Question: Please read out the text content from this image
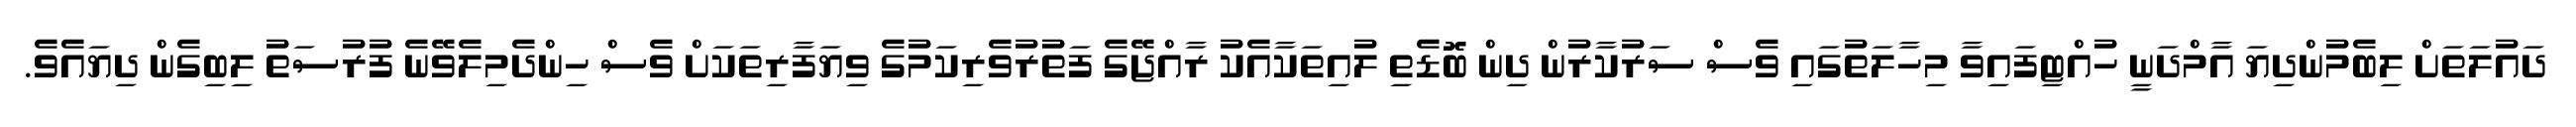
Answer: ދައުލަތަށް ލިބެމުންދިޔަ އާމްދަނީ ހުއްޓިފައިވާ މިހާލަތުގައި ވެސް ސަރުކާރުން ދިން ބޮޑެތި ލުއިތަކާއެކު ރާއްޖޭގެ ފަތުރުވެރިކަމުގެ ވިޔަފާރިތަކަށް ވެސް ހިންދެމިލެވޭނެ ފުރުސަތު ލިބިގެން ދިޔައެވެ.